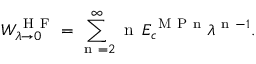
W _ { \lambda \to 0 } ^ { \mathrm { ~ H ~ F ~ } } = \sum _ { \mathrm { ~ n ~ } = 2 } ^ { \infty } \mathrm { ~ n ~ } \, E _ { c } ^ { \mathrm { ~ M ~ P ~ n ~ } } \lambda ^ { \mathrm { ~ n ~ } - 1 } .